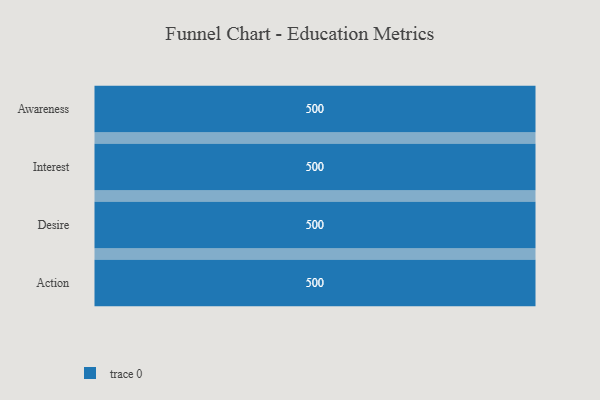
{"axis": {"x": "Stage", "y": "Value"}, "legend": [""], "data": [{"x": "Awareness", "y": 500, "type": ""}, {"x": "Interest", "y": 500, "type": ""}, {"x": "Desire", "y": 500, "type": ""}, {"x": "Action", "y": 500, "type": ""}]}